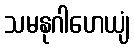
သမနုဂါဟေယျံ